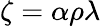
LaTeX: \zeta=\alpha\rho\lambda